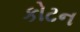
કોટન